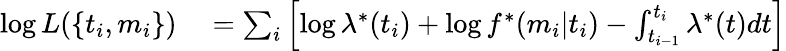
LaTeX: \begin{array}{rl}{\log L(\{ t_{i},m_{i}\} )}&{{}=\sum_{i}\left[\log\lambda^{*}(t_{i})+\log f^{*}(m_{i}|t_{i})-\int_{t_{i-1}}^{t_{i}}\lambda^{*}(t)dt\right]}\end{array}